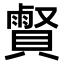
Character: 𧷧